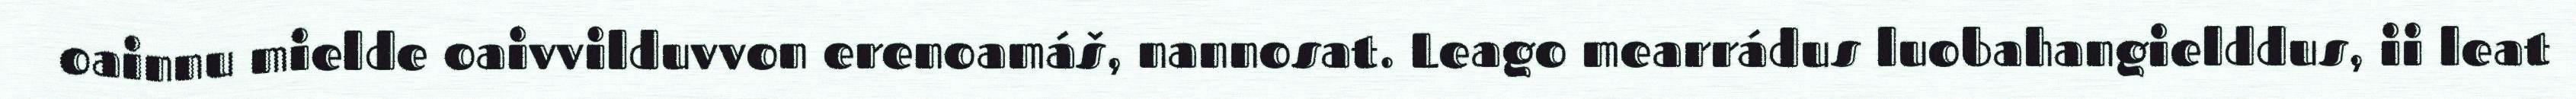
oainnu mielde oaivvilduvvon erenoamáš, nannosat. Leago mearrádus luobahangielddus, ii leat